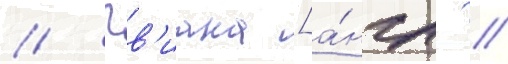
// Гв'иана [а́нгл. //